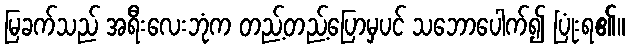
မြခက်သည် အရီးလေးဘုံက တည့်တည့်ပြောမှပင် သဘောပေါက်၍ ပြုံးရ၏။